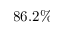
8 6 . 2 \%